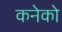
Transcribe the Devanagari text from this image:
कनेको